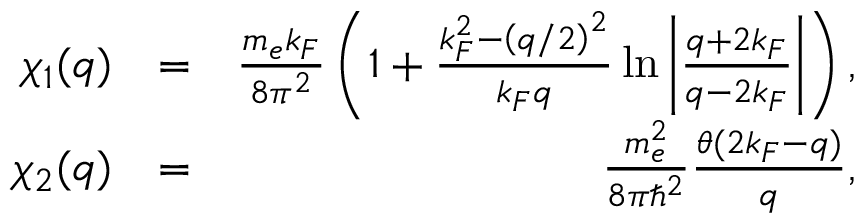
\begin{array} { r l r } { \chi _ { 1 } ( q ) } & { = } & { \frac { m _ { e } k _ { F } } { 8 \pi ^ { 2 } } \left( 1 + \frac { k _ { F } ^ { 2 } - \left( q / 2 \right) ^ { 2 } } { k _ { F } q } \ln \left| \frac { q + 2 k _ { F } } { q - 2 k _ { F } } \right| \right) , } \\ { \chi _ { 2 } ( q ) } & { = } & { \frac { m _ { e } ^ { 2 } } { 8 \pi \hbar ^ { 2 } } \frac { \theta ( 2 k _ { F } - q ) } { q } , } \end{array}